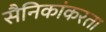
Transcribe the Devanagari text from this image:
सैनिकांकरता